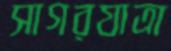
সাগরযাত্রা